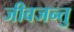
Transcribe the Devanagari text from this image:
जीवजन्तु